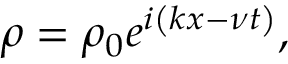
\rho = \rho _ { 0 } e ^ { i \left( k x - \nu t \right) } ,